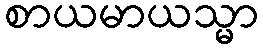
စာယမာယသ္မာ